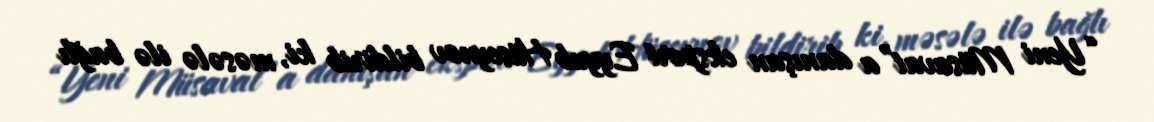
“Yeni Müsavat”a danışan ekspert Eyyub Hüseynov bildirib ki, məsələ ilə bağlı